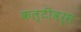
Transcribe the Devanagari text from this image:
कल्टीवर्स